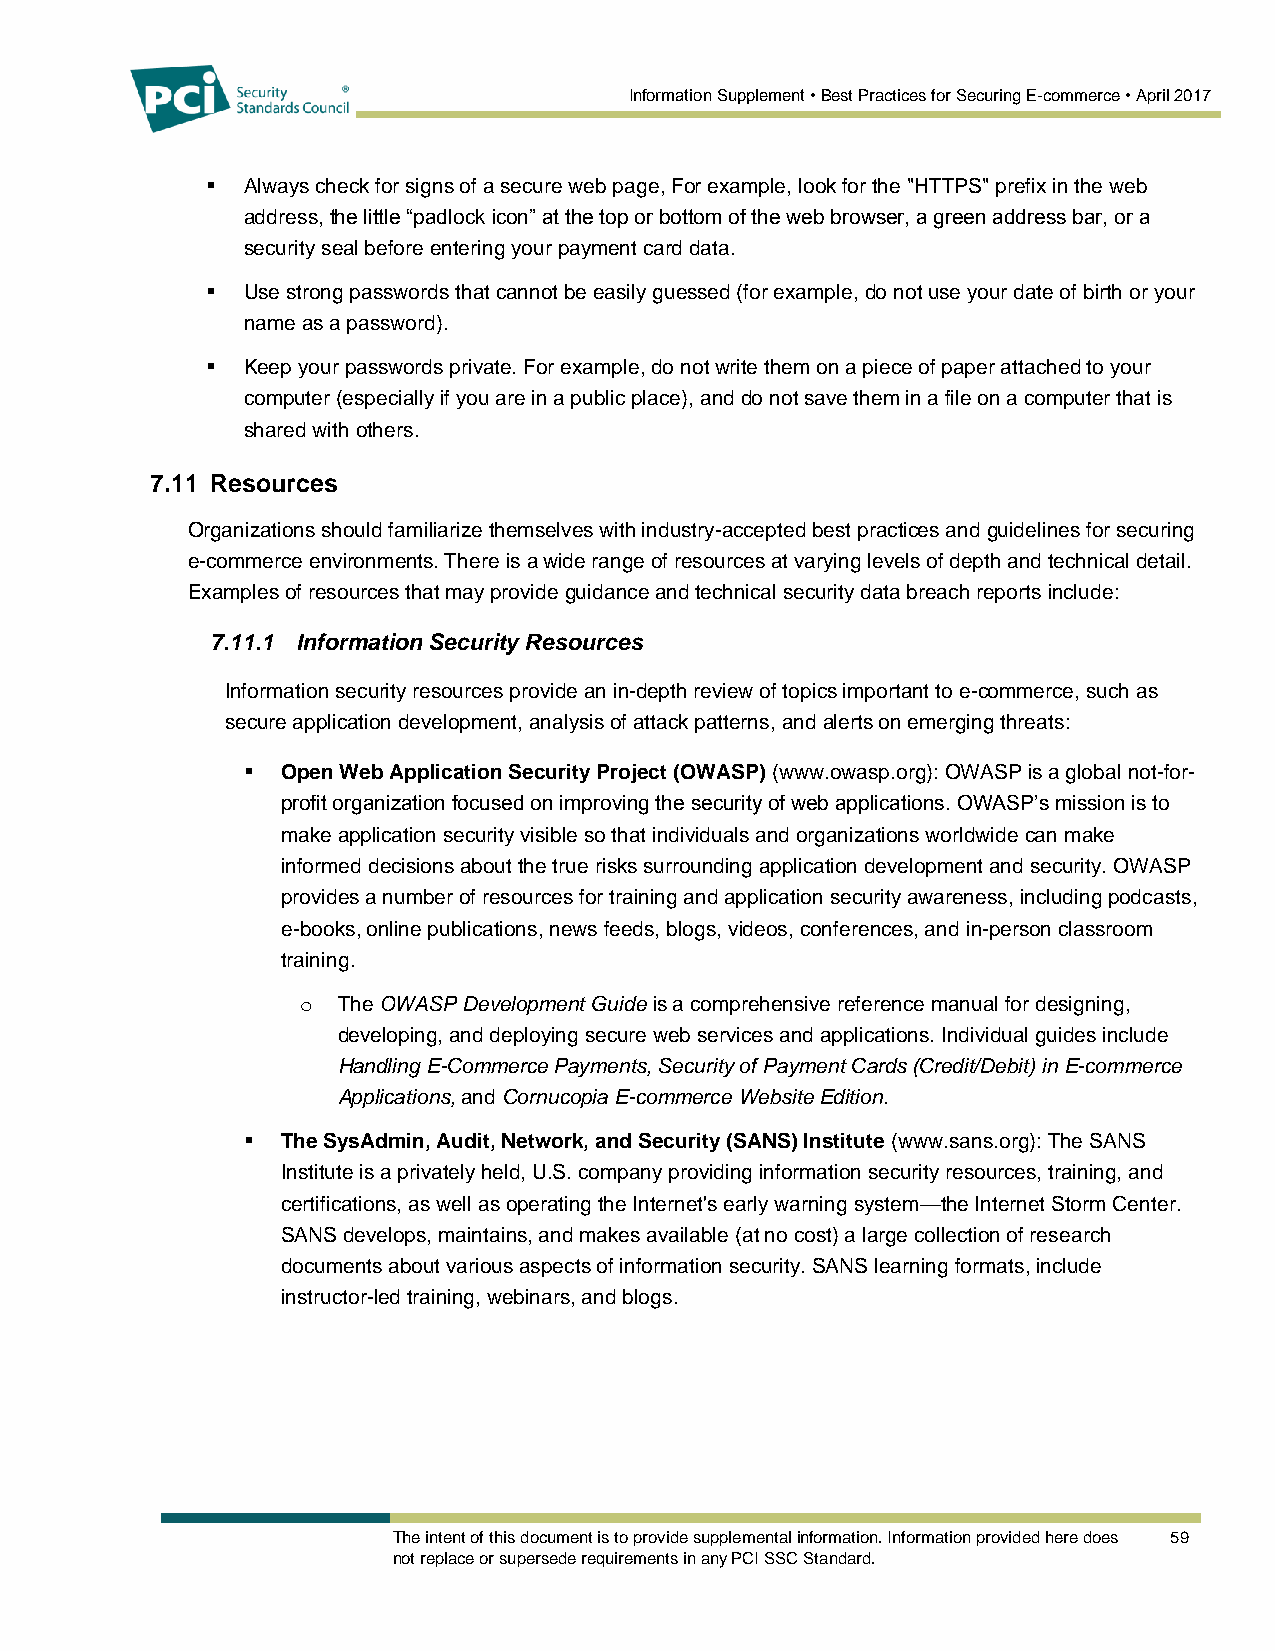
Information Supplement • Best Practices for Securing E-commerce • April 2017
  Always check for signs of a secure web page, For example, look for the "HTTPS" prefix in the web
 address, the little “padlock icon” at the top or bottom of the web browser, a green address bar, or a
 security seal before entering your payment card data.
  Use strong passwords that cannot be easily guessed (for example, do not use your date of birth or your
 name as a password).
  Keep your passwords private. For example, do not write them on a piece of paper attached to your
 computer (especially if you are in a public place), and do not save them in a file on a computer that is
 shared with others.
 7.11 Resources
 Organizations should familiarize themselves with industry-accepted best practices and guidelines for securing
 e-commerce environments. There is a wide range of resources at varying levels of depth and technical detail.
 Examples of resources that may provide guidance and technical security data breach reports include:
 7.11.1 Information Security Resources
 Information security resources provide an in-depth review of topics important to e-commerce, such as
 secure application development, analysis of attack patterns, and alerts on emerging threats:
   Open Web Application Security Project (OWASP) (www.owasp.org): OWASP is a global not-for-
 profit organization focused on improving the security of web applications. OWASP’s mission is to
 make application security visible so that individuals and organizations worldwide can make
 informed decisions about the true risks surrounding application development and security. OWASP
 provides a number of resources for training and application security awareness, including podcasts,
 e-books, online publications, news feeds, blogs, videos, conferences, and in-person classroom
 training.
 o The OWASP Development Guide is a comprehensive reference manual for designing,
 developing, and deploying secure web services and applications. Individual guides include
 Handling E-Commerce Payments, Security of Payment Cards (Credit/Debit) in E-commerce
 Applications, and Cornucopia E-commerce Website Edition.
   The SysAdmin, Audit, Network, and Security (SANS) Institute (www.sans.org): The SANS
 Institute is a privately held, U.S. company providing information security resources, training, and
 certifications, as well as operating the Internet's early warning system—the Internet Storm Center.
 SANS develops, maintains, and makes available (at no cost) a large collection of research
 documents about various aspects of information security. SANS learning formats, include
 instructor-led training, webinars, and blogs.
 The intent of this document is to provide supplemental information. Information provided here does 59
 not replace or supersede requirements in any PCI SSC Standard.